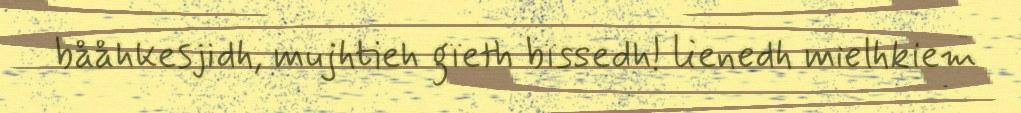
bååhkesjidh, mujhtieh gïeth bïssedh! lienedh mielhkiem